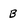
Character: B